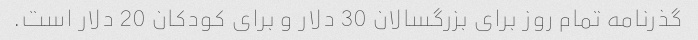
گذرنامه تمام روز برای بزرگسالان 30 دلار و برای کودکان 20 دلار است.